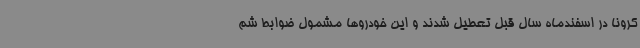
کرونا در اسفندماه سال قبل تعطیل شدند و این خودروها مشمول ضوابط شم